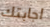
اجابتك